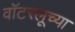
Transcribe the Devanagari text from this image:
वॉटरलूच्या